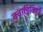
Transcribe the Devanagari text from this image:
क्वाड्रिवियम